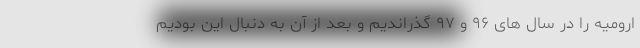
ارومیه را در سال های ۹۶ و ۹۷ گذراندیم و بعد از آن به دنبال این بودیم